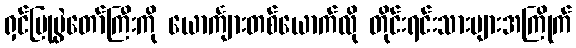
ရှင်ပြုပွဲတော်ကြီးကို ယောင်္ကျားတစ်ယောက်လို တိုင်းရင်းသားများအကြိုက်